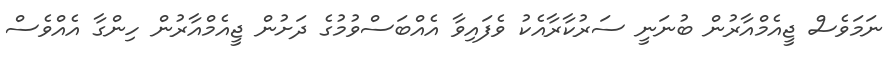
ނަމަވެސް ޖީއެމްއާރުން ބުނަނީ ސަރުކާރާއެކު ވެފައިވާ އެއްބަސްވުމުގެ ދަށުން ޖީއެމްއާރުން ހިންގާ އެއްވެސް